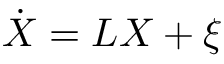
\dot { \boldsymbol { X } } = L \boldsymbol { X } + { \boldsymbol \xi }